Civil Veterinary Department Bengal reports 1933-51 - 1933-1951
Year: 1933
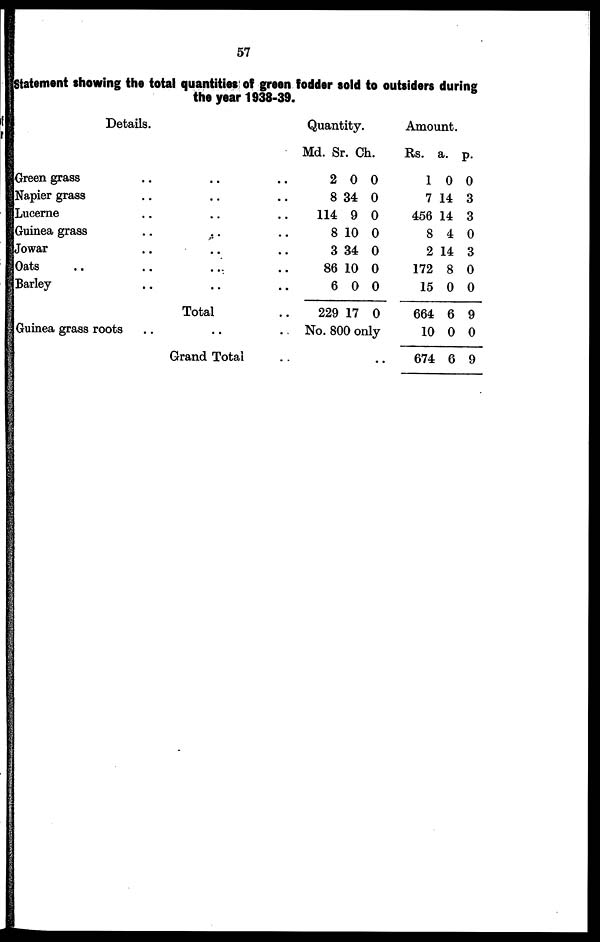
57
Statement showing the total quantities; of green fodder sold to outsiders during
the year 1938-39.
Details.
Green grass .. .. ..
Napier grass .. .. ..
Lucerne ......
Guinea grass ......
Jowar ......
Oats ........
Barley ......
Total ..
Guinea grass roots ......
Grand Total ..
Quantity.
Md.
2
8
114
8
3
86
6
229
Sr.
0
34
9
10
34
10
0
17
Ch.
0
0
0
0
0
0
0
0
No. 800 only
..
Amount.
Rs.
1
7
456
8
2
172
15
664
10
674
a.
0
14
14
4
14
8
0
6
0
6
p.
0
3
3
0
3
0
0
9
0
9